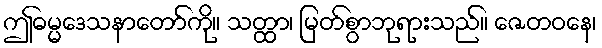
ဤဓမ္မဒေသနာတော်ကို။ သတ္ထာ၊ မြတ်စွာဘုရားသည်။ ဇေတဝနေ၊